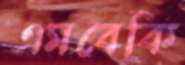
এমবেকি